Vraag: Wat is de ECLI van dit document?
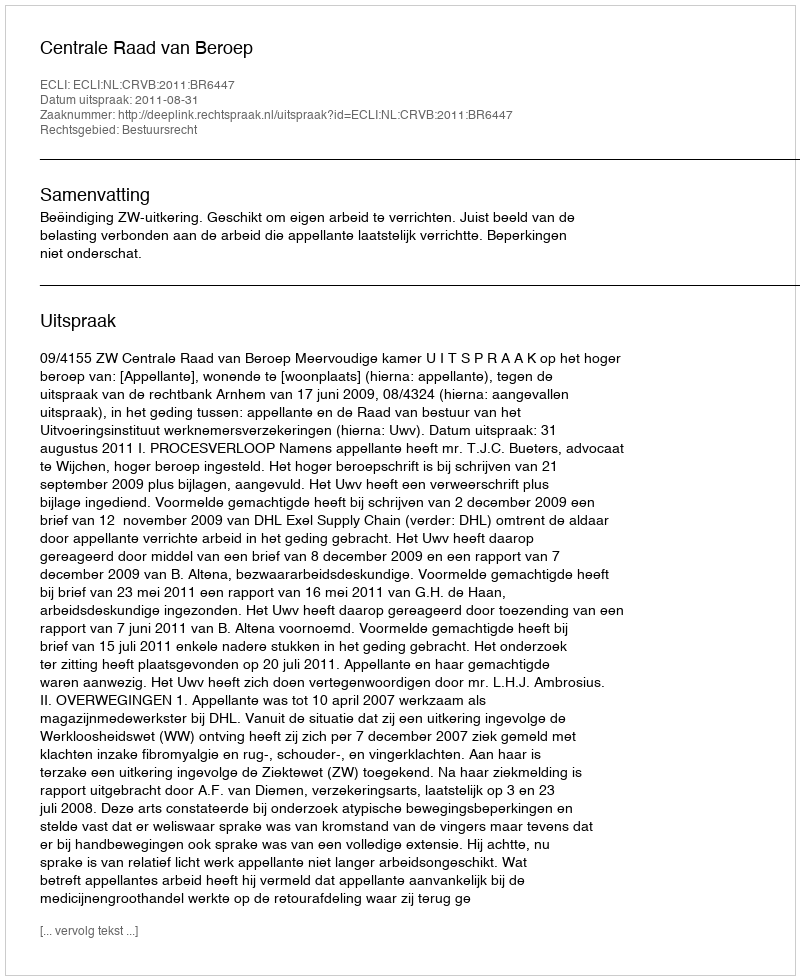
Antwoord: ECLI:NL:CRVB:2011:BR6447